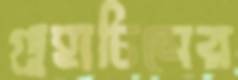
গুহাচিত্রের